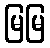
မြမြ